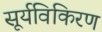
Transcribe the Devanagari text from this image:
सूर्यविकिरण